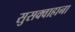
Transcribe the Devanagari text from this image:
सुसक्वाहाना